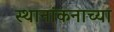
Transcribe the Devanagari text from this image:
स्थानांकनाच्या